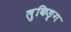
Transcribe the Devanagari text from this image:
लुकिङ्ग